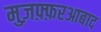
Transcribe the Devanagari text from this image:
मुज़फ़्फ़रआबाद